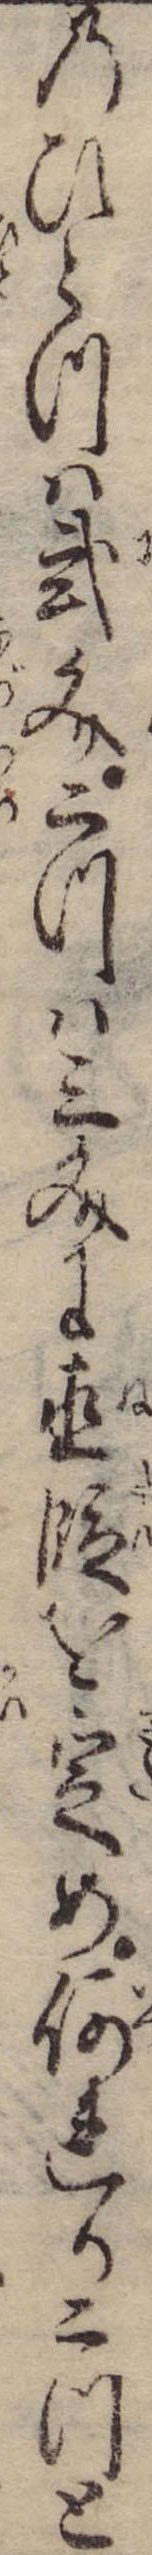
のひとつは弐文二つは三文に直段を定め何れか二つと